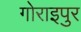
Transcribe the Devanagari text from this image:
गोराइपुर